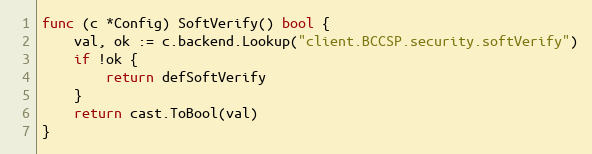
Language: Go
func (c *Config) SoftVerify() bool {
	val, ok := c.backend.Lookup("client.BCCSP.security.softVerify")
	if !ok {
		return defSoftVerify
	}
	return cast.ToBool(val)
}